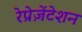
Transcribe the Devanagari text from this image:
रेप्रेज़ेंटेशन